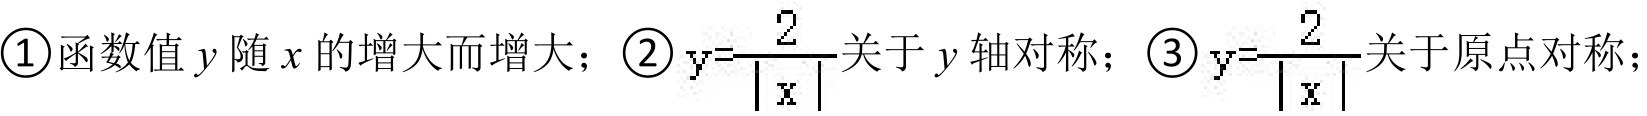
\textcircled{1}函数值\(y\)随\(x\)的增大而增大；\textcircled{2}\(y = \dfrac{2}{\vert x\vert}\)关于\(y\)轴对称；\textcircled{3}\(y = \dfrac{2}{\vert x\vert}\)关于原点对称；